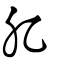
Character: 肊